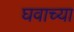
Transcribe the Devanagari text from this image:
घवाच्या